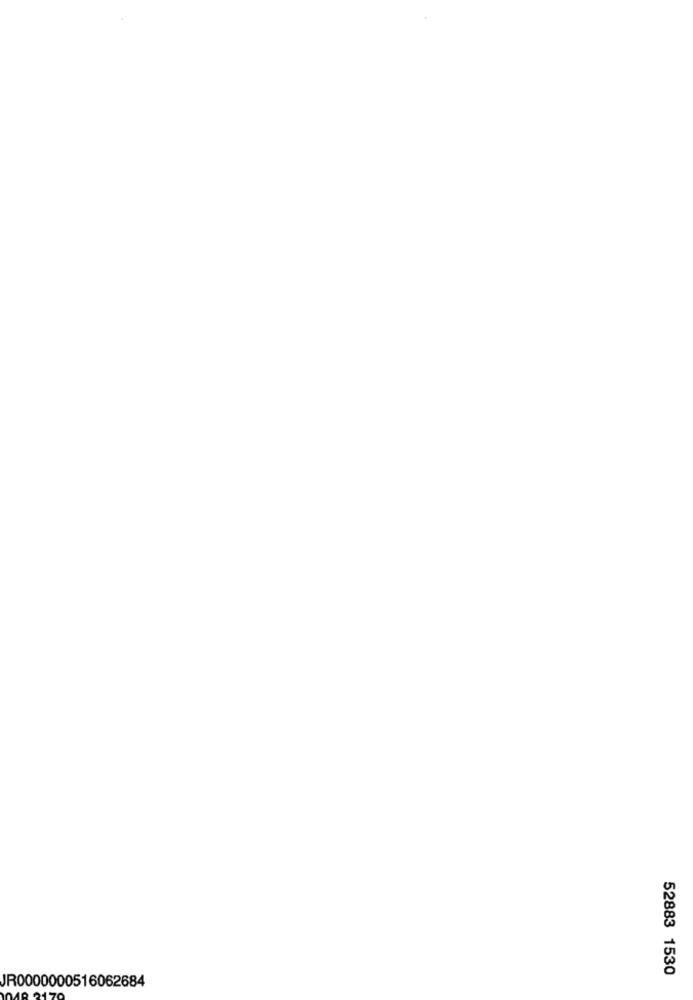
52883 1530
JR0000000516062684